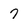
Character: 7